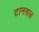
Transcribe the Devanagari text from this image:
टानसल